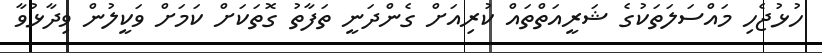
ހުޅުޖެހި މައްސަލަތަކުގެ ޝަރީއަތްތައް ކުރިއަށް ގެންދަނީ ތަފާތު ގޮތަކަށް ކަމަށް ވަކީލުން ވިދާޅުވާ